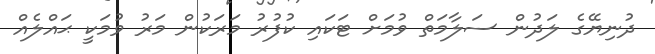
ދުނިޔޭގެ ލަދުން ސަލާމަތް ވުމަށް ޓަކައި ކުފުރު މަރަކުން މަރު ވުމަކީ ޙައްލެއް